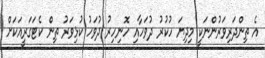
އެ ތިންދަރިވަރުންނަކީ މިދިޔަ ހުކުރު ދުވަހާއި ހޮނިހިރު ދުވަހު ކުޅިވަރު ތިން ކެޓަގަރީއަކަށް